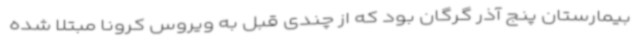
بیمارستان پنج آذر گرگان بود که از چندی قبل به ویروس کرونا مبتلا شده